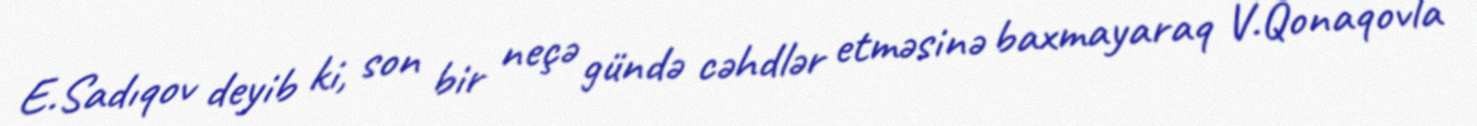
E.Sadıqov deyib ki, son bir neçə gündə cəhdlər etməsinə baxmayaraq V.Qonaqovla